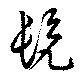
髠